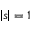
\left| s \right| = 1